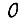
Digit: 0